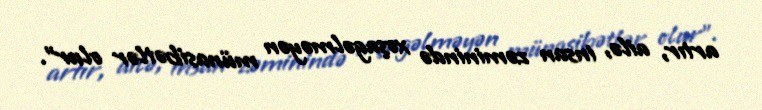
artır, ailə, insan zəminində xoşagəlməyən münasibətlər olur”.